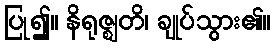
ပြု၍။ နိရုဇ္ဈတိ၊ ချုပ်သွား၏။